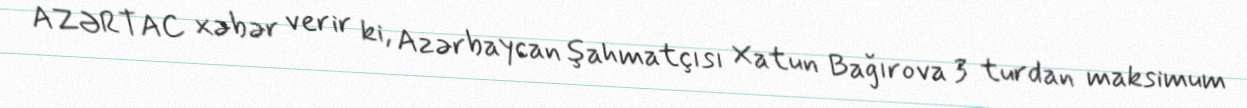
AZƏRTAC xəbər verir ki, Azərbaycan şahmatçısı Xatun Bağırova 3 turdan maksimum